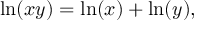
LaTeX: \ln ( x y ) = \ln ( x ) + \ln ( y ) ,